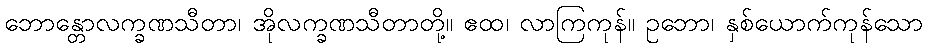
ဘောန္တောလက္ခဏသီတာ၊ အိုလက္ခဏသီတာတို့။ ဧထ၊ လာကြကုန်။ ဥဘော၊ နှစ်ယောက်ကုန်သော